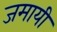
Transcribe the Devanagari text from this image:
जमायी